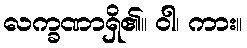
လက္ခဏာရှိ၏။ ဝါ၊ ကား။